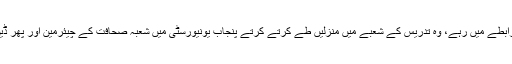
ہم مسلسل رابطے میں رہے، وہ تدریس کے شعبے میں منزلیں طے کرتے کرتے پنجاب یونیورسٹی میں شعبہ صحافت کے چیئرمین اور پھر ڈین بن گئے۔